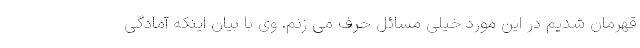
قهرمان شدیم در این مورد خیلی مسائل حرف می زنم. وی با بیان اینکه آمادگی